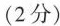
(2分)